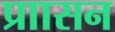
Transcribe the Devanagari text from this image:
प्राासन